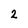
Character: 2